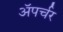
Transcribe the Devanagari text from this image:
ॲपर्चर